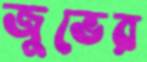
জুভের